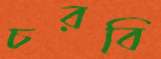
চরবি